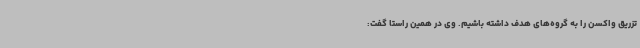
تزریق واکسن را به گروه‌های هدف داشته باشیم. وی در همین راستا گفت: